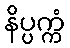
နိပ္ပက္ကံ